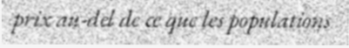
prix au-del de ce que les populations